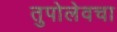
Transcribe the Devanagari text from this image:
तुपोलेवचा